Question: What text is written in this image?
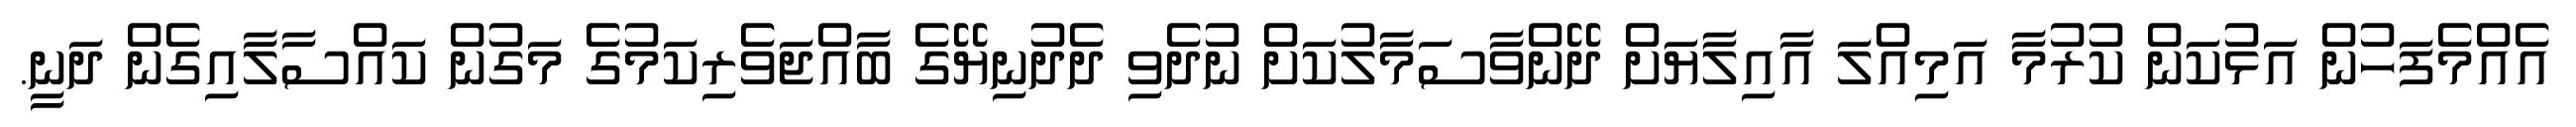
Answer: އެއްމެފަހުން އަޅުކަން ކުރުމާ އަމިއްލަ އާއިލާޔަށް ދޭންވާސަމާލުކަށް ނުދެވި ދެދުނިޔޭގެ ބާއްޖަވެރިކަމުގެ މަގުން ކައްސާލާއިގެން ދަނީ.